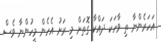
އަހަރެންނާ ތި ވާހަކަ ދައްކާ ގޮތަށް މި ރަށު އެހެން މީހުންނާ ވެސް